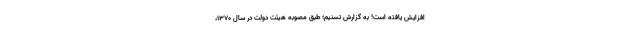
افزایش یافته است! به گزارش تسنیم؛ طبق مصوبه هیئت دولت در سال 1370،